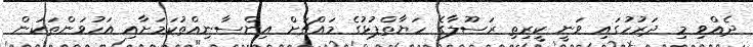
ދެއްވި މި ދަރުހުގައި ވަނީ ކީރިތި ރަސޫލާގެ ހަޔާތްޕުޅުގެ މައްޗަށް އިންސާނިއްތުކަމަށާއި އަހުވަންތަކަން